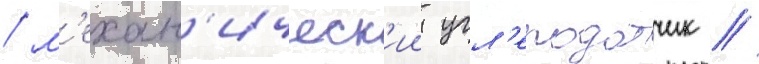
/ м'ехан'ическ'ии угл'еподатчик /